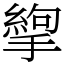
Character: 𢳉